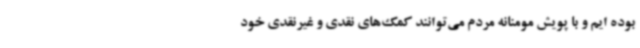
بوده ایم و با پویش مومنانه مردم می‌توانند کمک‌های نقدی و غیرنقدی خود